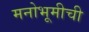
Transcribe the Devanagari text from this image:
मनोभूमीची